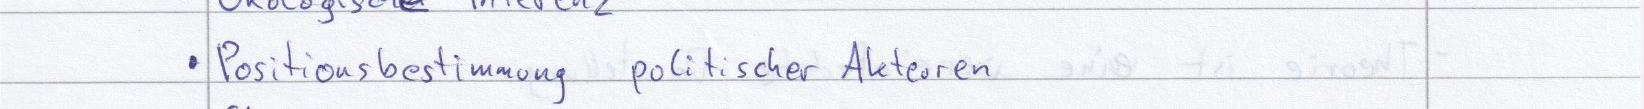
Positionsbestimmung politischer Akteuren